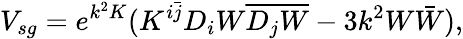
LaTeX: V_{sg}=e^{k^{2}K}(K^{i\bar{j}}D_{i}W\overline{{{D_{j}W}}}-3k^{2}W\bar{W}),